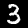
Digit: 3